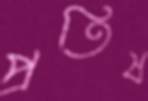
প্রতিষ